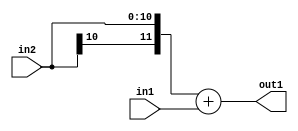
`timescale 1ps / 1ps
/*****************************************************************************
    Verilog RTL Description
    
    
    Created by: Stratus DpOpt 2019.1.01 
*******************************************************************************/

module DC_Filter_Add_11Sx10U_12S_1 (
	in2,
	in1,
	out1
	); /* architecture "behavioural" */ 
input [10:0] in2;
input [9:0] in1;
output [11:0] out1;
wire [11:0] asc001;

assign asc001 = 
	+({in2[10], in2})
	+(in1);

assign out1 = asc001;
endmodule

/* CADENCE  ubL1QwE= : u9/ySgnWtBlWxVPRXgAZ4Og= ** DO NOT EDIT THIS LINE ******/